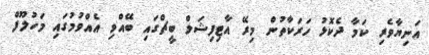
އަނިޔާވެރި ކަމާ ދެކޮޅު ހަރަކާތުން މިރޭ އާޓިފިޝަލް ބީޗްގައި ބޭއްވި އެއްވުމުގައި މަހުލޫފް